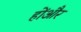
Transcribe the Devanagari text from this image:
होंऔर